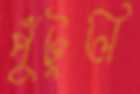
পুঁটুলি